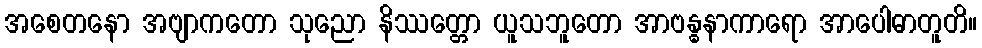
အစေတနော အဗျာကတော သုညော နိဿတ္တော ယူသဘူတော အာဗန္ဓနာကာရော အာပေါဓာတူတိ။